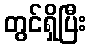
တွင်ရှိပြီး